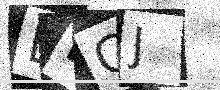
Text: BMGJ